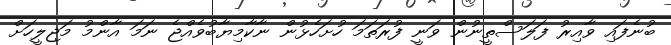
ބުނެފައި ވާއިރު ފަލަސްތީނުން ވަނީ ފުރަތަމަ ހުށަހެޅުން ނާކާމިޔާބުވެއްޖެ ނަމަ އާންމު މަޖިލީހަށް